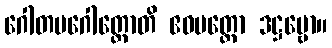
ဂေါတမဂေါတ္တောတိ ဧဝမတ္ထော ဒဋ္ဌဗ္ဗော။